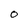
Character: O